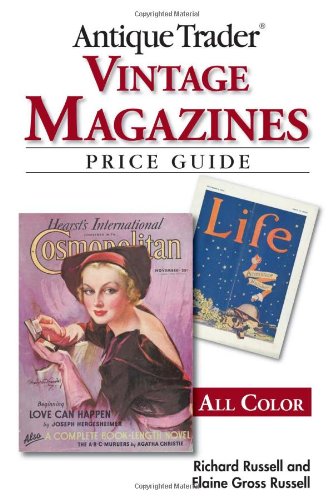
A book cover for Antique Trader Vintage Magazines Price Guide; Richard Russell; Crafts, Hobbies & Home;